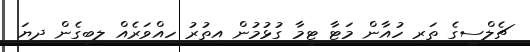
ޗެލްސީގެ ތަރި ހުއާން މަޓާ ޓީމާ ގުޅުމުން އިތުރު ހިއްވަރެއް ލިބިގެން ދިޔަ